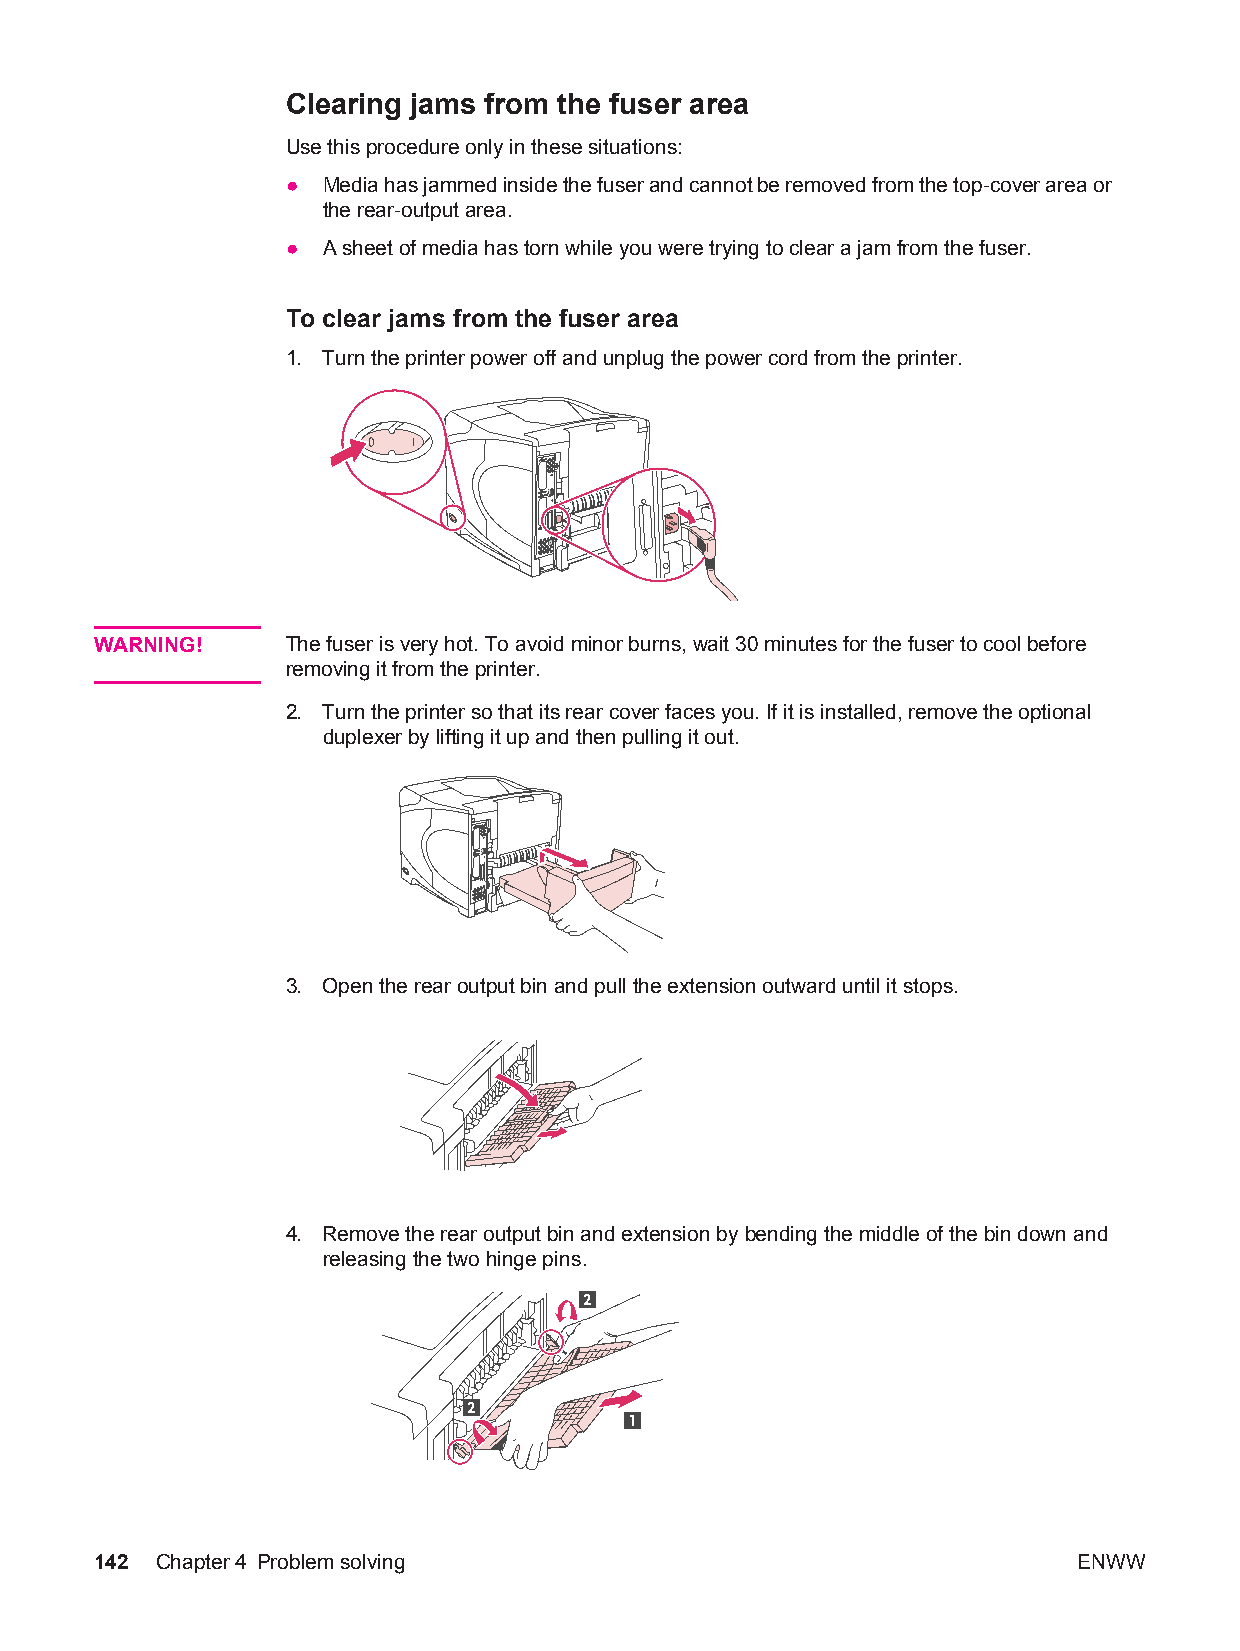
Clearing jams from the fuser area
 Use this procedure only in these situations:
 ● Media has jammed inside the fuser and cannot be removed from the top-cover area or
 the rear-output area.
 ● A sheet of media has torn while you were trying to clear a jam from the fuser.
 To clear jams from the fuser area
 1. Turn the printer power off and unplug the power cord from the printer.
 WARNING!     The fuser is very hot. To avoid minor burns, wait 30 minutes for the fuser to cool before
 removing it from the printer.
 2. Turn the printer so that its rear cover faces you. If it is installed, remove the optional
 duplexer by lifting it up and then pulling it out.
 3. Open the rear output bin and pull the extension outward until it stops.
 4. Remove the rear output bin and extension by bending the middle of the bin down and
 releasing the two hinge pins.
 2
 2
 1
 142 Chapter4 Problem solving                                     ENWW